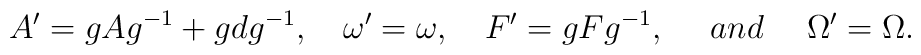
A'=g Ag^{-1} +g dg^{-1}, \ \ \ \omega '=\omega, \ \ \ F'=g Fg^{-1}, \ \ \ \ and \ \ \  \ \Omega ' =\Omega .